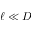
\ell \ll D